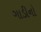
ગાડીનો